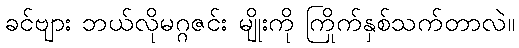
ခင်ဗျား ဘယ်လိုမဂ္ဂဇင်း မျိုးကို ကြိုက်နှစ်သက်တာလဲ။